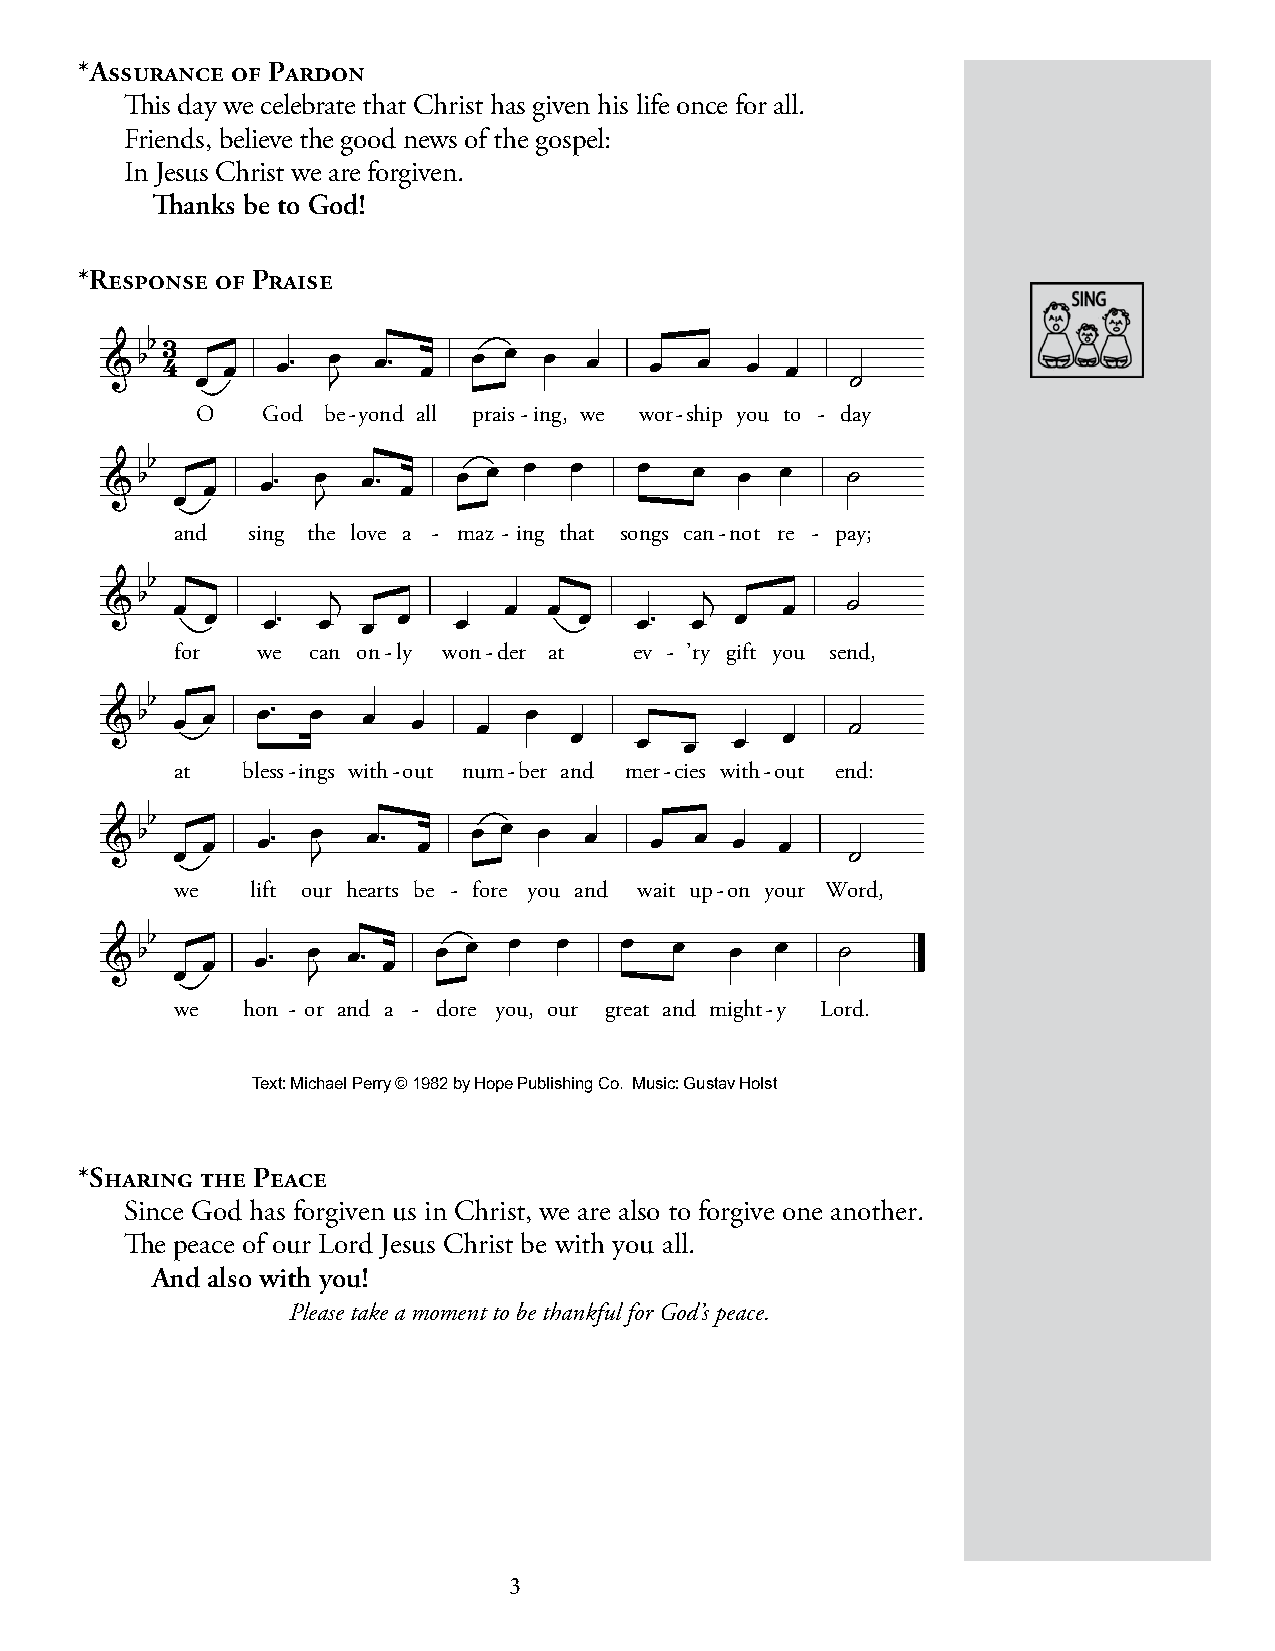
*Assurance of Pardon
 This day we celebrate that Christ has given his life once for all.
 Friends, believe the good news of the gospel:
 In Jesus Christ we are forgiven.
 Thanks be to God!
 *Response of Praise
 
                              
 
 O   God be-yond all prais-ing, we wor-ship you to - day
 
 
  
     
 
                   
 
 and sing the love a - maz - ing that songs can-not re - pay;
 
 
                               
 for  we can on-ly won-der at  ev - ’ry gift you send,
 
                                  
 at  bless-ings with-out num-ber and mer-cies with-out end:
 
                                
 
 we   lift our hearts be - fore you and wait up-on your Word,
 
 
  
    
 
                    
 
 we  hon - or and a - dore you, our great and might-y Lord.
 Text: Michael Perry © 1982 by Hope Publishing Co. Music: Gustav Holst
 *Sharing the Peace
 Since God has forgiven us in Christ, we are also to forgive one another.
 The peace of our Lord Jesus Christ be with you all.
 And also with you!
 Please take a moment to be thankful for God’s peace.
 3